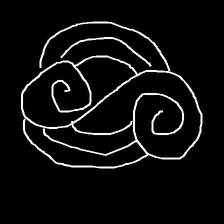
Glyph: wind-underfoot